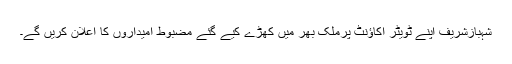
شہبازشریف اپنے ٹویٹر اکاؤنٹ پرملک بھر میں کھڑے کیے گئے مضبوط امیداروں کا اعلان کریں گے۔